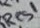
Text: Res1